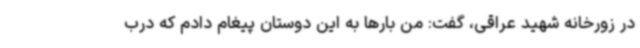
در زورخانه شهید عراقی، گفت: من بارها به این دوستان پیغام دادم که درب